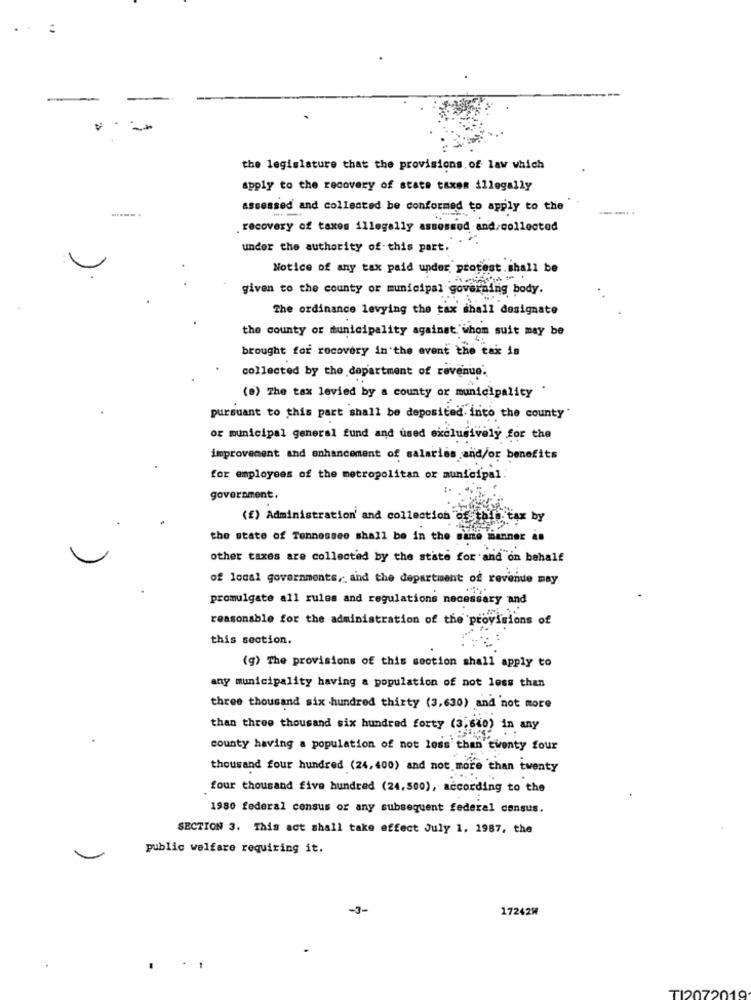
-
the legislature that the provisions of law which
apply to the recovery of state taxes illegally
assessed and collected be conformed to apply to the
.recovery of taxon illegally ammessod and/collected
under the authority of this part.
Notice of any tax paid under protest.shall be
given to the county or municipal governing body.
The ordinance levying the tax shall designate
the county or municipality against whom suit may be
brought for recovery in the event the tai is
collected by the department of revenue.
(0) The tax levied by a county or municipality
pursuant to this part shall be deposited into the county'
or municipal general fund and used exclusively for the
improvement and enhancement of salaries and/or benefits
for employees of the metropolitan or municipal:
government.
(f) Administration' and collection of hits
the state of Tennessee shall be in the same manner is
other taxes are collected by the state for and on behalf
of local governments, and the department of revenue may
promulgate all rules and regulations necessary and
reasonable for the administration of the provisions of
this section.
(g) The provisions of this section shall apply to
any municipality having a population of not less than
three thousand six hundred thirty (3,630) and not more
than three thousand six hundred forty (3,640) in any
county having a population of not less than twenty four
thousand four hundred (24,400) and not more than twenty
four thousand five hundred (24,500), according to the
1980 federal census or any subsequent federal consus.
SECTION 3. This act shall take effect July 1, 1987, the
public welfare requiring it.
-3-
17242W
TI2072019